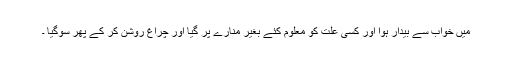
میں خواب سے بیدار ہوا اور کسی علت کو معلوم کئے بغیر منارے پر گیا اور چراغ روشن کر کے پھر سوگیا ۔